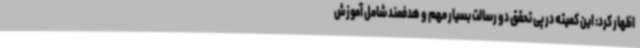
اظهار کرد: این کمیته در پی تحقق دو رسالت بسیار مهم و هدفمند شامل آموزش